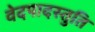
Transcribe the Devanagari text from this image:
वेदपादस्तुति